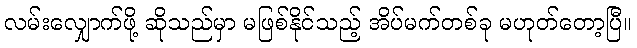
လမ်းလျှောက်ဖို့ ဆိုသည်မှာ မဖြစ်နိုင်သည့် အိပ်မက်တစ်ခု မဟုတ်တော့ပြီ။